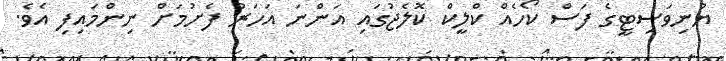
ޔުނިވަސިޓީގެ ފަސް ކޯހެއް ކްލީކް ކޮލެޖުގައި އަންނަ އަހަރު ފެށުމަށް ނިންމައިފި އެވެ.